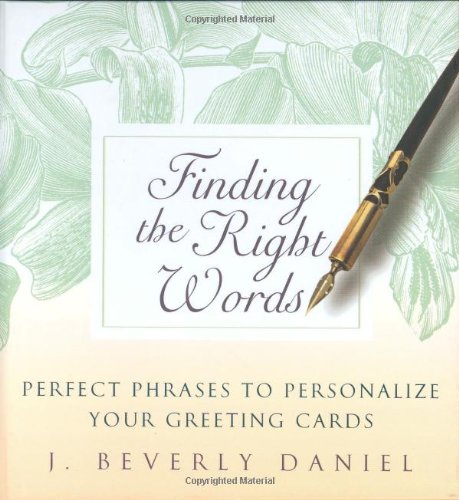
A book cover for Finding the Right Words: Perfect Phrases to Personalize Your Greeting Cards; J. Beverly Daniel; Reference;